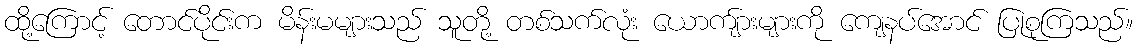
ထို့ကြောင့် တောင်ပိုင်းက မိန်းမများသည် သူတို့ တစ်သက်လုံး ယောကျ်ားများကို ကျေနပ်အောင် ပြုစုကြသည်။